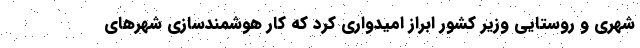
شهری و روستایی وزیر کشور ابراز امیدواری کرد که کار هوشمندسازی شهرهای